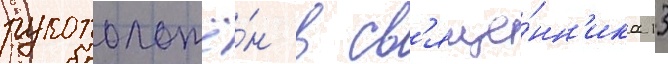
рукоположё́н в св'яще́нн'ика 13